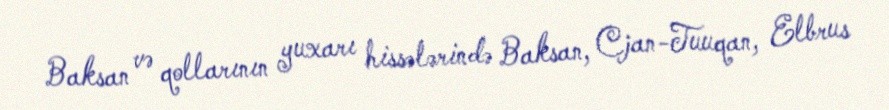
Baksan və qollarının yuxarı hissələrində Baksan, Cjan-Tuuqan, Elbrus